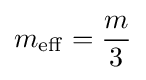
m_{\mathrm {eff} }={\frac {m}{3}}